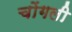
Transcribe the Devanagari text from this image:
चोंगली